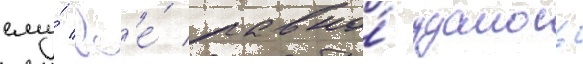
ему́ вс'е́ равно́ удалось